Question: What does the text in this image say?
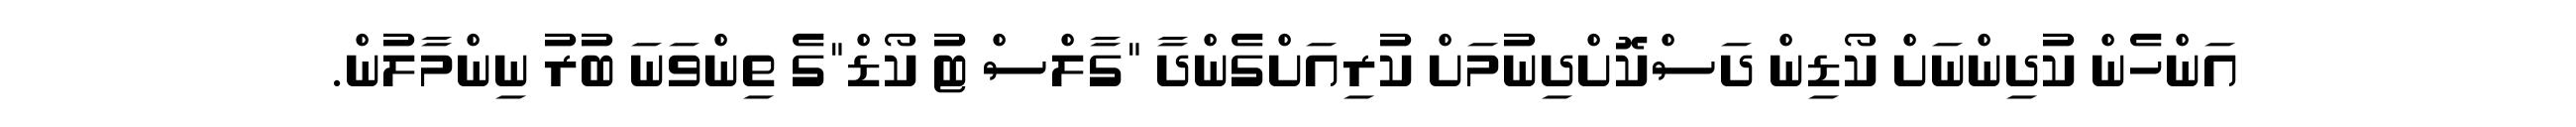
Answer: އަންހެން ކުދިންނަށް ކޯޑިން ދަސްކޮށްދިނުމަށް ކުރިއަށްގެންދާ "ގާލްސް ޓު ކޯޑް"ގެ ތިންވަނަ ބުރު ނިންމާލުން.